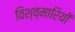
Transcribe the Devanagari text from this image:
विश्व्मारियों